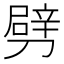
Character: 劈